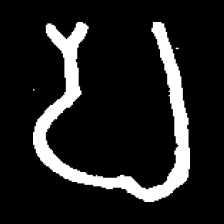
Pyu character \u2014 Myanmar letter: ပ (romanized: pa)